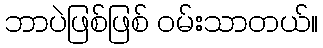
ဘာပဲဖြစ်ဖြစ် ဝမ်းသာတယ်။